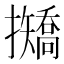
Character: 𢹣